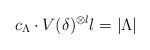
LaTeX: \begin{align*}c_{\Lambda}\cdot V(\delta)^{\otimes l}l=\left\vert\Lambda\right\vert\end{align*}